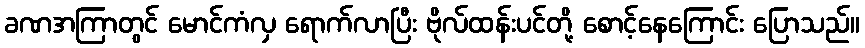
ခဏအကြာတွင် မောင်ကံလှ ရောက်လာပြီး ဗိုလ်ထန်းပင်တို့ စောင့်နေကြောင်း ပြောသည်။